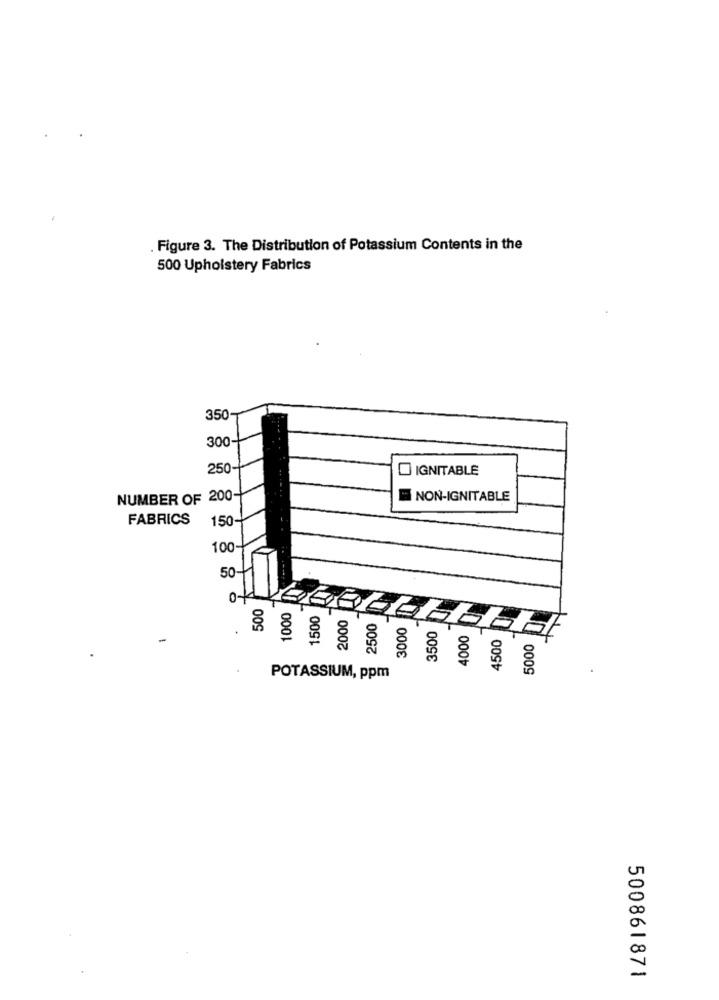
Figure 3. The Distribution of Potassium Contents in the
500 Upholstery Fabrics
350-
300-
250
IGNITABLE
NUMBER OF 200-
NON-IGNITABLE
FABRICS
150-
100-
50
500
1000
1500
00
2000
2500
3000
3500
4000
4500
5000
POTASSIUM, ppm
500861871